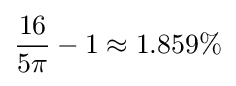
{\frac {16}{5\pi }}-1\approx 1.859\%